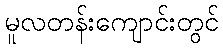
မူလတန်းကျောင်းတွင်